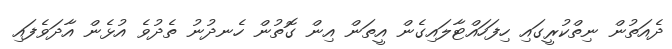
ދެއަތުން ނިތްކުރީގައި ހިފަހައްޓާލައިގެން އީތަން އިން ގޮތުން ހެނދުނު ތެދުވެ އުޅެން އާދަވެފައި